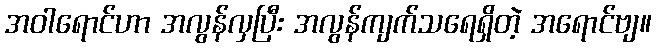
အဝါရောင်ဟာ အလွန်လှပြီး အလွန်ကျက်သရေရှိတဲ့ အရောင်ဗျ။